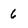
Character: 6